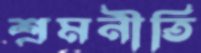
শ্রমনীতি